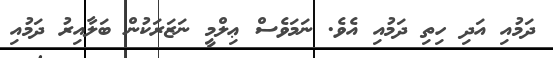
ދަމުއި އަދި ހިތި ދަމުއި އެވެ. ނަމަވެސް ޢިލްމީ ނަޒަރަކުން ބަލާއިރު ދަމުއި